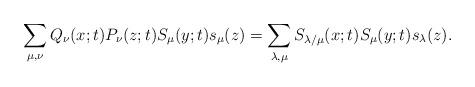
LaTeX: \begin{align*}\sum_{\mu,\nu}Q_{\nu}(x;t)P_{\nu}(z;t)S_{\mu}(y;t)s_{\mu}(z)=\sum_{\lambda,\mu}S_{\lambda/\mu}(x;t)S_{\mu}(y;t)s_{\lambda}(z).\end{align*}